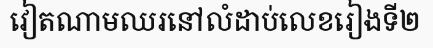
វៀតណាមឈរនៅលំដាប់លេខរៀងទី២